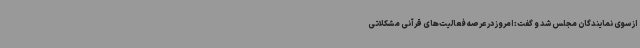
از سوی نمایندگان مجلس شد و گفت: امروز در عرصه فعالیت‌های قرآنی مشکلاتی